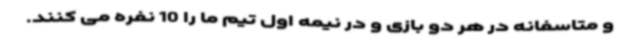
و متاسفانه در هر دو بازی و در نیمه اول تیم ما را 10 نفره می کنند.